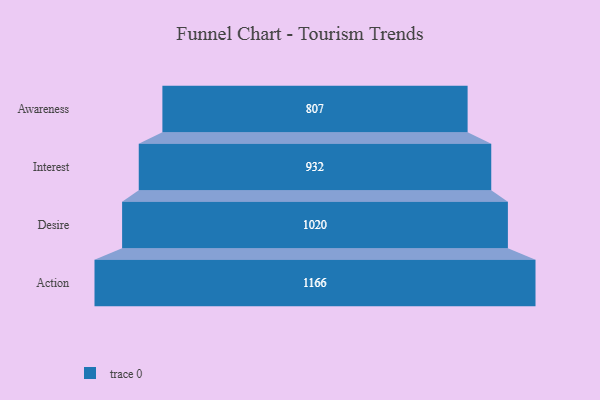
{"axis": {"x": "Stage", "y": "Value"}, "legend": [""], "data": [{"x": "Awareness", "y": 807.0, "type": ""}, {"x": "Interest", "y": 932.0, "type": ""}, {"x": "Desire", "y": 1020.0, "type": ""}, {"x": "Action", "y": 1166.0, "type": ""}]}